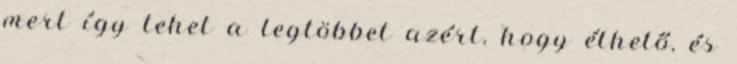
mert így tehet a legtöbbet azért, hogy élhető, és